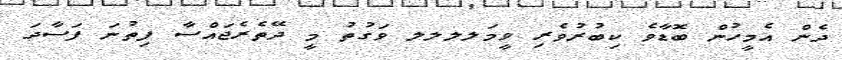
ދެން އެމީހުން ބޮޑާވެ ކިބުރުވެރި ވީމަލލލލ ވަގުތު މީ ދޭތެރެޖައްސާ ފިތުނަ ފަސާދަ